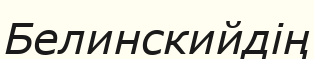
Белинскийдің